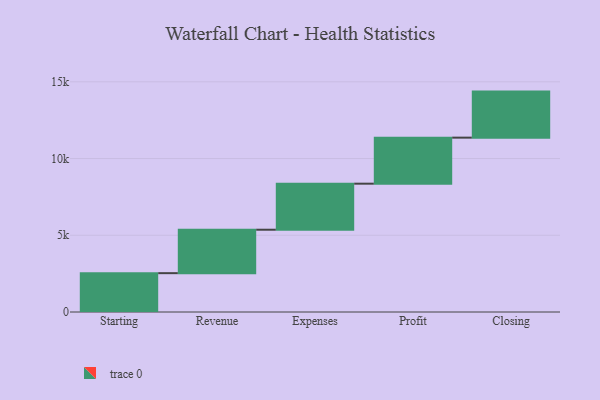
{"axis": {"x": "Step", "y": "Value"}, "legend": [""], "data": [{"x": "Starting", "y": 2531.0, "type": ""}, {"x": "Revenue", "y": 2830.0, "type": ""}, {"x": "Expenses", "y": 3000, "type": ""}, {"x": "Profit", "y": 3000, "type": ""}, {"x": "Closing", "y": 3000, "type": ""}]}